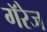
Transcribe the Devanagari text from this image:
गॅरेज